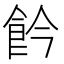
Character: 𩚕